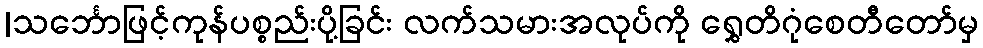
|သင်္ဘောဖြင့်ကုန်ပစ္စည်းပို့ခြင်း လက်သမားအလုပ်ကို ရွှေတိဂုံစေတီတော်မှ